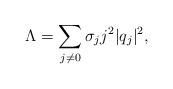
LaTeX: \begin{align*}\Lambda=\sum_{j\neq0}\sigma_jj^2|q_j|^2,\end{align*}